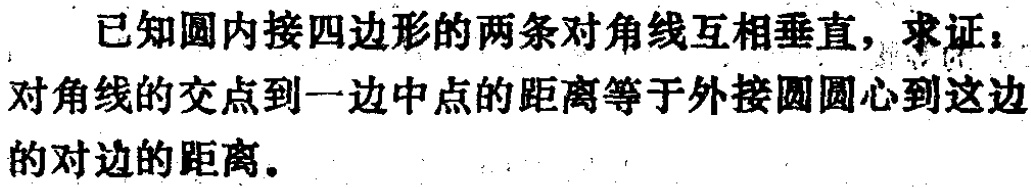
已知圆内接四边形的两条对角线互相垂直，求证：对角线的交点到一边中点的距离等于外接圆圆心到这边的对边的距离。